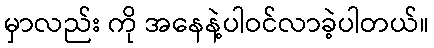
မှာလည်း ကို အနေနဲ့ပါဝင်လာခဲ့ပါတယ်။